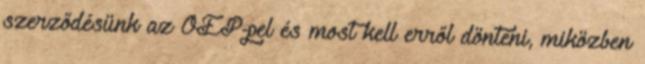
szerződésünk az OEP-pel és most kell erről dönteni, miközben